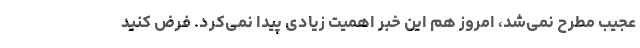
عجیب مطرح نمی‌شد، امروز هم این خبر اهمیت زیادی پیدا نمی‌کرد. فرض کنید